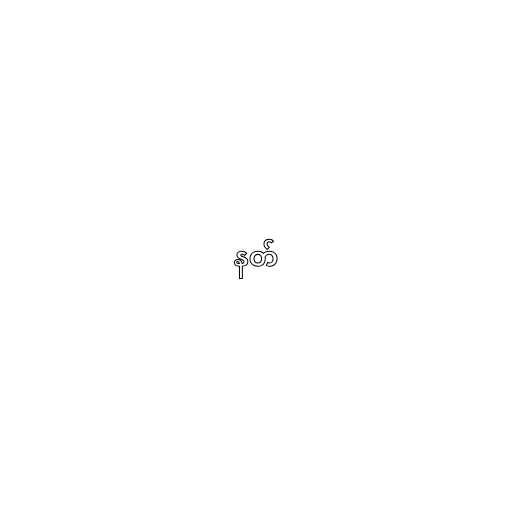
နတ်